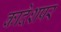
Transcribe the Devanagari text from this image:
कादेशपर